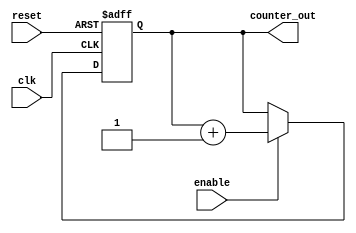
module Johnson_Counter_with_Enable (
    input wire clk,
    input wire reset,
    input wire enable,
    output reg [3:0] counter_out
);

reg [3:0] counter;

always @(posedge clk or posedge reset) begin
    if (reset) begin
        counter <= 4'b0000;
    end else if (enable) begin
        counter <= counter + 1;
    end
end

assign counter_out = counter;

endmodule